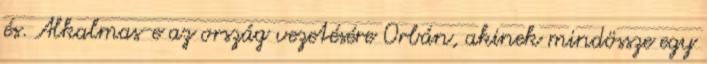
és. Alkalmas-e az ország vezetésére Orbán, akinek mindössze egy